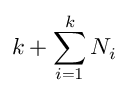
k + \sum _ { i = 1 } ^ { k } N _ { i }